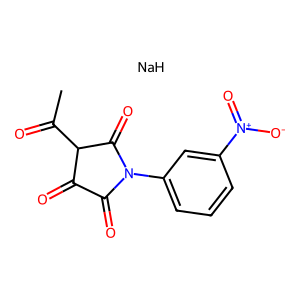
SMILES: CC(=O)C1C(=O)C(=O)N(c2cccc([N+](=O)[O-])c2)C1=O.[NaH]
Inhibits HIV replication: No